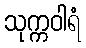
သုက္ကဝါရံ